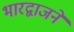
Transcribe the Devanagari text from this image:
भारद्वाजने